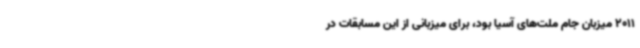
2011 میزبان جام‌ ملت‌های آسیا بود، برای میزبانی از این مسابقات در